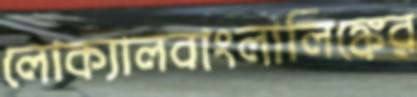
লোক্যালবাংলালিঙ্কের